Proceedings of the meeting of veterinary officers in India
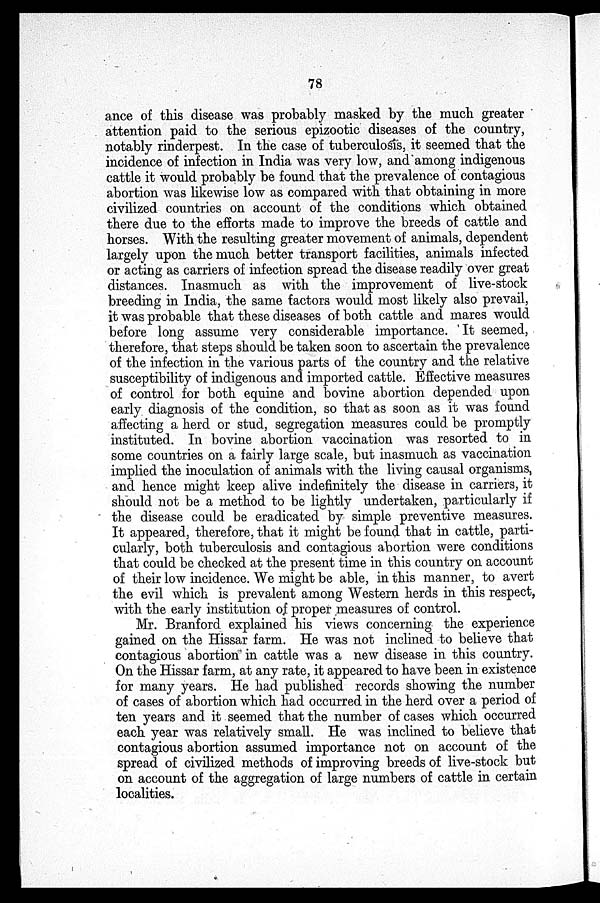
78
ance of this disease was probably masked by the much greater
attention paid to the serious epizootic diseases of the country,
notably rinderpest. In the case of tuberculosis, it seemed that the
incidence of infection in India was very low, and among indigenous
cattle it would probably be found that the prevalence of contagious
abortion was likewise low as compared with that obtaining in more
civilized countries on account of the conditions which obtained
there due to the efforts made to improve the breeds of cattle and
horses. With the resulting greater movement of animals, dependent
largely upon the much better transport facilities, animals infected
or acting as carriers of infection spread the disease readily over great
distances. Inasmuch as with the improvement of live-stock
breeding in India, the same factors would most likely also prevail,
it was probable that these diseases of both cattle and mares would
before long assume very considerable importance. It seemed,
therefore, that steps should be taken soon to ascertain the prevalence
of the infection in the various parts of the country and the relative
susceptibility of indigenous and imported cattle. Effective measures
of control for both equine and bovine abortion depended upon
early diagnosis of the condition, so that as soon as it was found
affecting a herd or stud, segregation measures could be promptly
instituted. In bovine abortion vaccination was resorted to in
some countries on a fairly large scale, but inasmuch as vaccination
implied the inoculation of animals with the living causal organisms,
and hence might keep alive indefinitely the disease in carriers, it
should not be a method to be lightly undertaken, particularly if
the disease could be eradicated by simple preventive measures.
It appeared, therefore, that it might be found that in cattle, parti-
cularly, both tuberculosis and contagious abortion were conditions
that could be checked at the present time in this country on account
of their low incidence. We might be able, in this manner, to avert
the evil which is prevalent among Western herds in this respect,
with the early institution of proper measures of control.
Mr. Branford explained his views concerning the experience
gained on the Hissar farm. He was not inclined to believe that
contagious abortion in cattle was a new disease in this country.
On the Hissar farm, at any rate, it appeared to have been in existence
for many years. He had published records showing the number
of cases of abortion which had occurred in the herd over a period of
ten years and it seemed that the number of cases which occurred
each year was relatively small. He was inclined to believe that
contagious abortion assumed importance not on account of the
spread of civilized methods of improving breeds of live-stock but
on account of the aggregation of large numbers of cattle in certain
localities.